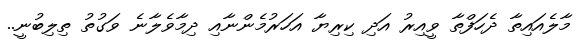
މާލެއައިތާ ދެހަފްތާ ވީއިރު އަދި ކިރިޔާ އަހަރުމެންނާއި ދިމާވެލާނެ ވަގުތު ތިލިބުނީ..